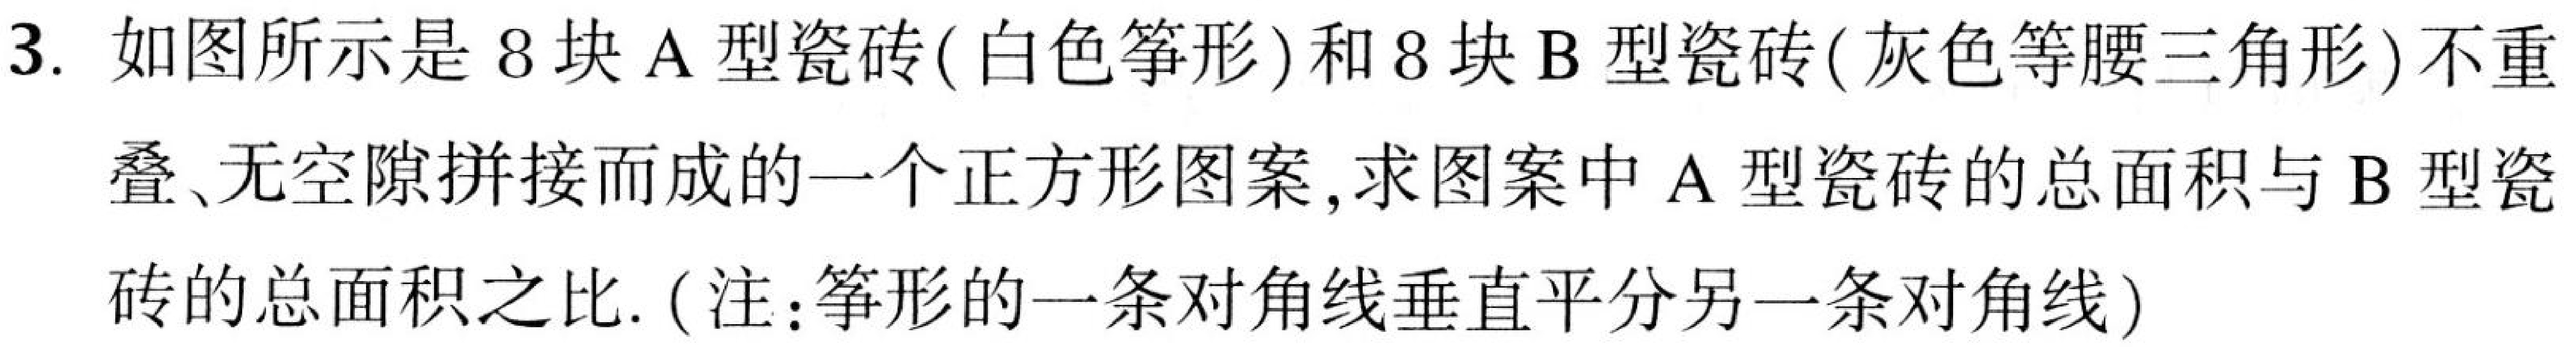
3. 如图所示是 \(8\) 块 \(A\) 型瓷砖(白色筝形)和 \(8\) 块 \(B\) 型瓷砖(灰色等腰三角形)不重
叠、无空隙拼接而成的一个正方形图案，求图案中 \(A\) 型瓷砖的总面积与 \(B\) 型瓷
砖的总面积之比. (注：筝形的一条对角线垂直平分另一条对角线)